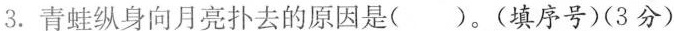
3.青蛙纵身向月亮扑去的原因是( )。(填序号)(3分)